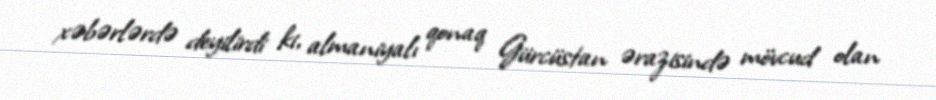
xəbərlərdə deyilirdi ki, almaniyalı qonaq Gürcüstan ərazisində mövcud olan